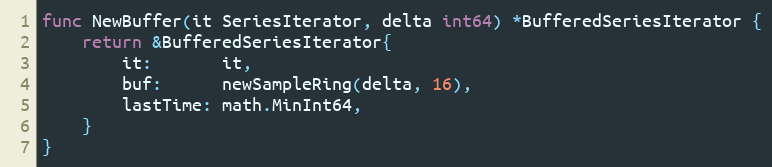
Language: Go
func NewBuffer(it SeriesIterator, delta int64) *BufferedSeriesIterator {
	return &BufferedSeriesIterator{
		it:       it,
		buf:      newSampleRing(delta, 16),
		lastTime: math.MinInt64,
	}
}